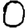
Digit: 0